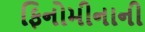
ફિનોમીનાની